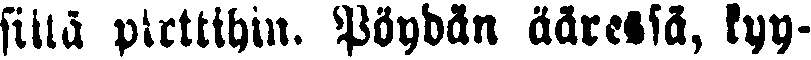
siitä pirttihin. Pöydän ääressä, kyy-